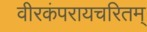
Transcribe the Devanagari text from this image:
वीरकंपरायचरितम्